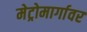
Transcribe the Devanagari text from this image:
मेट्रोमार्गावर